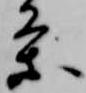
条